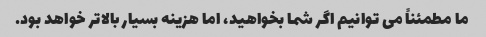
ما مطمئناً می توانیم اگر شما بخواهید، اما هزینه بسیار بالاتر خواهد بود.